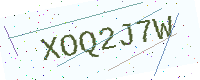
Text: XOQ2J7W